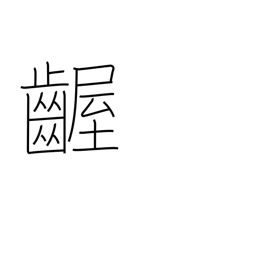
Meaning: fretful